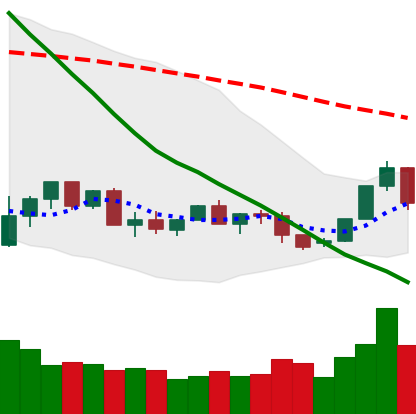
Ticker: XLM-USD
Chart end date: 2022-06-01
Forward return: 5.73%
Label: up_5_7